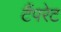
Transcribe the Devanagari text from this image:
टैंपरेट